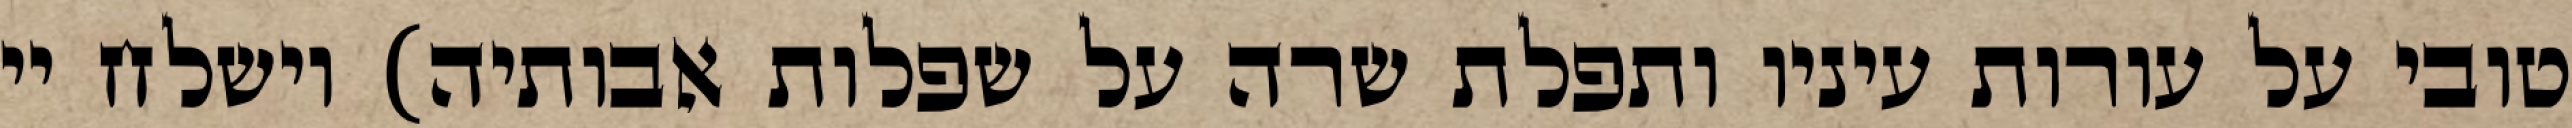
טובי על עורות עיניו ותפלת שרה על שפלות אבותיה) וישלח יי